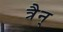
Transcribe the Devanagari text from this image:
त्रैन्